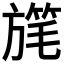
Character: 𣄓